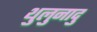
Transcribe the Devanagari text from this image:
थुलुनादु